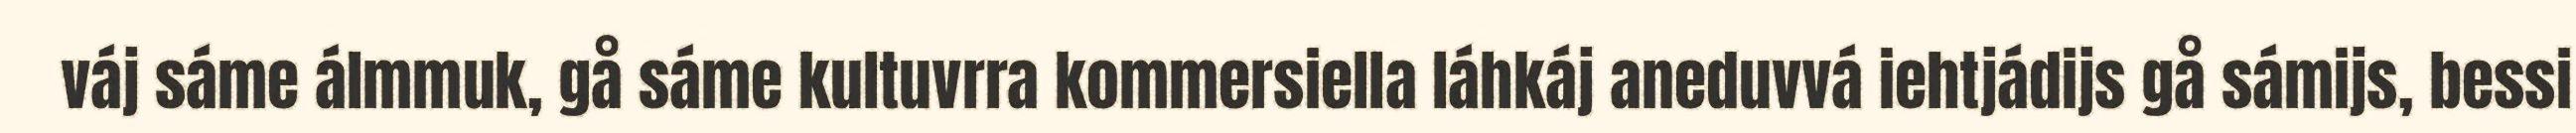
váj sáme álmmuk, gå sáme kultuvrra kommersiella láhkáj aneduvvá iehtjádijs gå sámijs, bessi